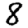
Digit: 8